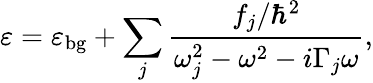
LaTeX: \varepsilon=\varepsilon_{\mathrm{{bg}}}+\sum_{j}{\frac{f_{j}/\hbar^{2}}{\omega_{j}^{2}-\omega^{2}-i\Gamma_{j}\omega}},